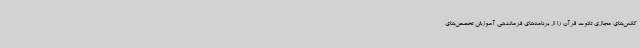
کلاس‌های مجازی تلاوت قرآن را از برنامه‌های فرماندهی آموزش تخصص‌های